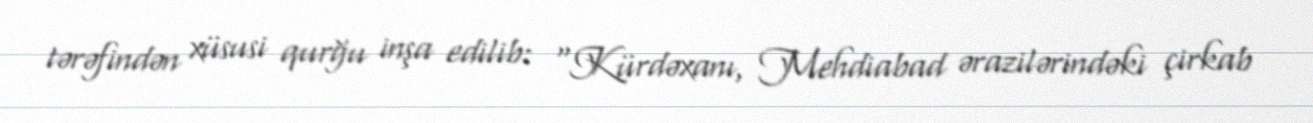
tərəfindən xüsusi qurğu inşa edilib: “Kürdəxanı, Mehdiabad ərazilərindəki çirkab